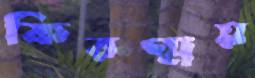
কিরণ্ময়